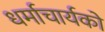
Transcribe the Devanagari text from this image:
धर्माचार्यको